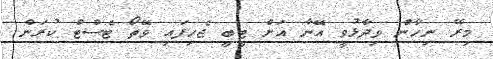
މިރޭ ނިހާން ވިދާޅުވީ އޭނާ އަށް ޓީބީ ޖެހިފައި ވޭތޯ ޓެސްޓް ކުރަން